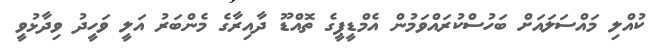
ކުއްލި މައްސަލައަށް ބަހުސްކުރައްވަމުން އެމްޑީޕީގެ ތޮއްޑޫ ދާއިރާގެ މެންބަރު އަލީ ވަހީދު ވިދާޅުވީ